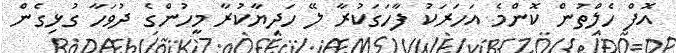
އޮފް ހެލްތުން ކޮންމެ އަހަރަކު ފާހަގަކުރާ ލޭ ހަދިޔާކުރާ މީހުންގެ ދުވަހާ ގުޅިގެން